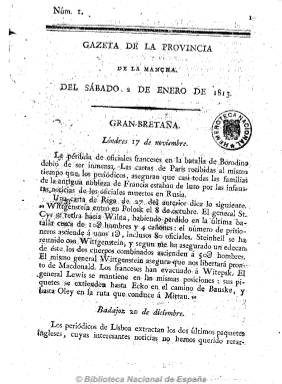
Título: Gazeta de la provincia de la Mancha
Otros títulos: Gaceta de la provincia de la Mancha
Colección: Gacetas
Ámbito geográfico: Ciudad Real
Lugar de publicación: Ciudad Real
Fechas: 02/01/1813-15/05/1813

Alejado el ejército napoleónico de Ciudad Real, se establece aquí la Junta Superior de la Mancha, que comenzará a publicar a partir de dos de enero de 1813 este periódico a través de su imprenta volante o itinerante, con la que anteriormente había impreso en Elche de la Sierra y Alcaraz su Gazeta de la Junta Superior de la Mancha. Será el primer periódico que se publica en esta provincia, y como su antecesor seguirá siendo semanal, apareciendo los sábados (con alguna interrupción), en números, generalmente, también de ocho páginas. Publica noticias locales, de España y del extranjero, así como artículos doctrinales y las actuaciones de la junta. Su redactor no es otro que el intransigente servil fray Agustín de Castro, que le da su tinte reaccionario y que se trasladará a la capital el 13 de junio de 1813, en donde dirigirá Atalaya de la Mancha en Madrid, de un carácter anticonstitucional y antiliberal feroz, por lo que la Gazeta pudo dejar de publicarse en esta fecha.